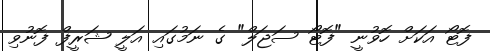
ފޮޓޯ އަކަށް ހޮވުނީ "ފޮޓޯ ސަޖަލް" ގެ ނަމުގައި އަލީ ޝަރީފް ފޮނުވި